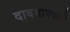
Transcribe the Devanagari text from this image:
दाबमापकाने